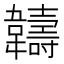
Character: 𬰯